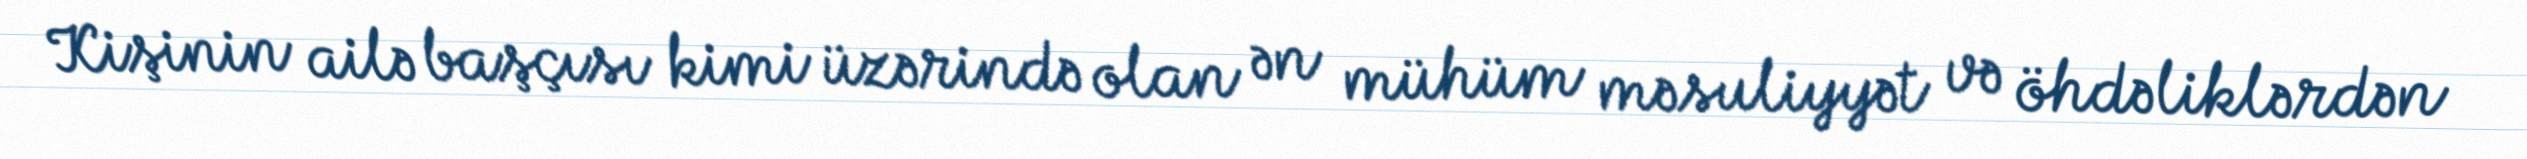
Kişinin ailə başçısı kimi üzərində olan ən mühüm məsuliyyət və öhdəliklərdən